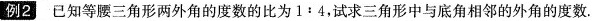
例2已知等腰三角形两外角的度数的比为1:4，试求三角形中与底角相邻的外角的度数.